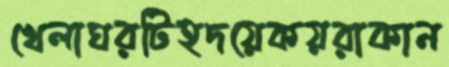
খেলাঘরটিহদয়েকয়রাকান